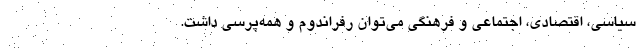
سیاسی، اقتصادی، اجتماعی و فرهنگی می‌توان رفراندوم و همه‌پرسی داشت.